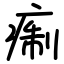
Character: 痸